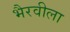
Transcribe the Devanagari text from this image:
भैरवीला